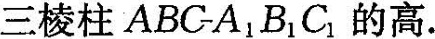
三棱柱ABC-A_{1}B_{1}C_{1}的高。